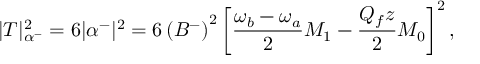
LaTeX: | T | _ { \alpha ^ { - } } ^ { 2 } = 6 | \alpha ^ { - } | ^ { 2 } = 6 \left( B ^ { - } \right) ^ { 2 } \left[ \frac { \omega _ { b } - \omega _ { a } } { 2 } { \cal M } _ { 1 } - \frac { Q _ { f } z } { 2 } { \cal M } _ { 0 } \right] ^ { 2 } ,